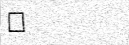
٣